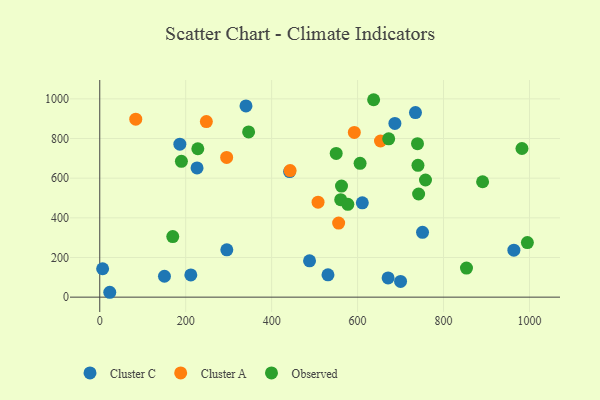
{"axis": {"x": "Ad Spend", "y": "Exam Score"}, "legend": ["Cluster A", "Cluster C", "Observed"], "data": [{"x": "6.7", "y": 143.3, "type": "Cluster C"}, {"x": "686.8", "y": 875.9, "type": "Cluster C"}, {"x": "226.4", "y": 651.8, "type": "Cluster C"}, {"x": "23.3", "y": 24.6, "type": "Cluster C"}, {"x": "441.8", "y": 633.5, "type": "Cluster C"}, {"x": "340.3", "y": 964.3, "type": "Cluster C"}, {"x": "186.4", "y": 771.5, "type": "Cluster C"}, {"x": "751.1", "y": 326.9, "type": "Cluster C"}, {"x": "611.0", "y": 475.7, "type": "Cluster C"}, {"x": "531.1", "y": 112.6, "type": "Cluster C"}, {"x": "671.0", "y": 97.2, "type": "Cluster C"}, {"x": "963.7", "y": 236.7, "type": "Cluster C"}, {"x": "211.9", "y": 112.2, "type": "Cluster C"}, {"x": "734.7", "y": 930.6, "type": "Cluster C"}, {"x": "295.7", "y": 238.6, "type": "Cluster C"}, {"x": "488.2", "y": 183.0, "type": "Cluster C"}, {"x": "700.0", "y": 79.1, "type": "Cluster C"}, {"x": "150.6", "y": 105.5, "type": "Cluster C"}, {"x": "653.3", "y": 787.4, "type": "Cluster A"}, {"x": "555.9", "y": 373.7, "type": "Cluster A"}, {"x": "83.8", "y": 897.3, "type": "Cluster A"}, {"x": "592.4", "y": 830.9, "type": "Cluster A"}, {"x": "248.1", "y": 885.5, "type": "Cluster A"}, {"x": "508.0", "y": 478.8, "type": "Cluster A"}, {"x": "295.3", "y": 704.5, "type": "Cluster A"}, {"x": "443.0", "y": 638.1, "type": "Cluster A"}, {"x": "995.1", "y": 275.0, "type": "Observed"}, {"x": "560.7", "y": 491.6, "type": "Observed"}, {"x": "890.9", "y": 582.0, "type": "Observed"}, {"x": "346.4", "y": 833.2, "type": "Observed"}, {"x": "605.8", "y": 675.1, "type": "Observed"}, {"x": "637.3", "y": 995.6, "type": "Observed"}, {"x": "740.5", "y": 664.8, "type": "Observed"}, {"x": "577.3", "y": 468.1, "type": "Observed"}, {"x": "190.0", "y": 685.0, "type": "Observed"}, {"x": "169.9", "y": 305.3, "type": "Observed"}, {"x": "742.0", "y": 520.3, "type": "Observed"}, {"x": "550.2", "y": 724.6, "type": "Observed"}, {"x": "228.2", "y": 748.3, "type": "Observed"}, {"x": "853.4", "y": 146.5, "type": "Observed"}, {"x": "672.4", "y": 798.3, "type": "Observed"}, {"x": "562.6", "y": 560.4, "type": "Observed"}, {"x": "758.0", "y": 590.9, "type": "Observed"}, {"x": "982.5", "y": 749.7, "type": "Observed"}, {"x": "739.4", "y": 774.2, "type": "Observed"}]}